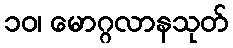
၁၀၊ မောဂ္ဂလာနသုတ်